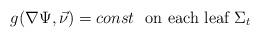
LaTeX: \begin{align*}g(\nabla \Psi, \vec{\nu}) = const \ \ \textnormal{on each leaf } \Sigma_{t}\end{align*}